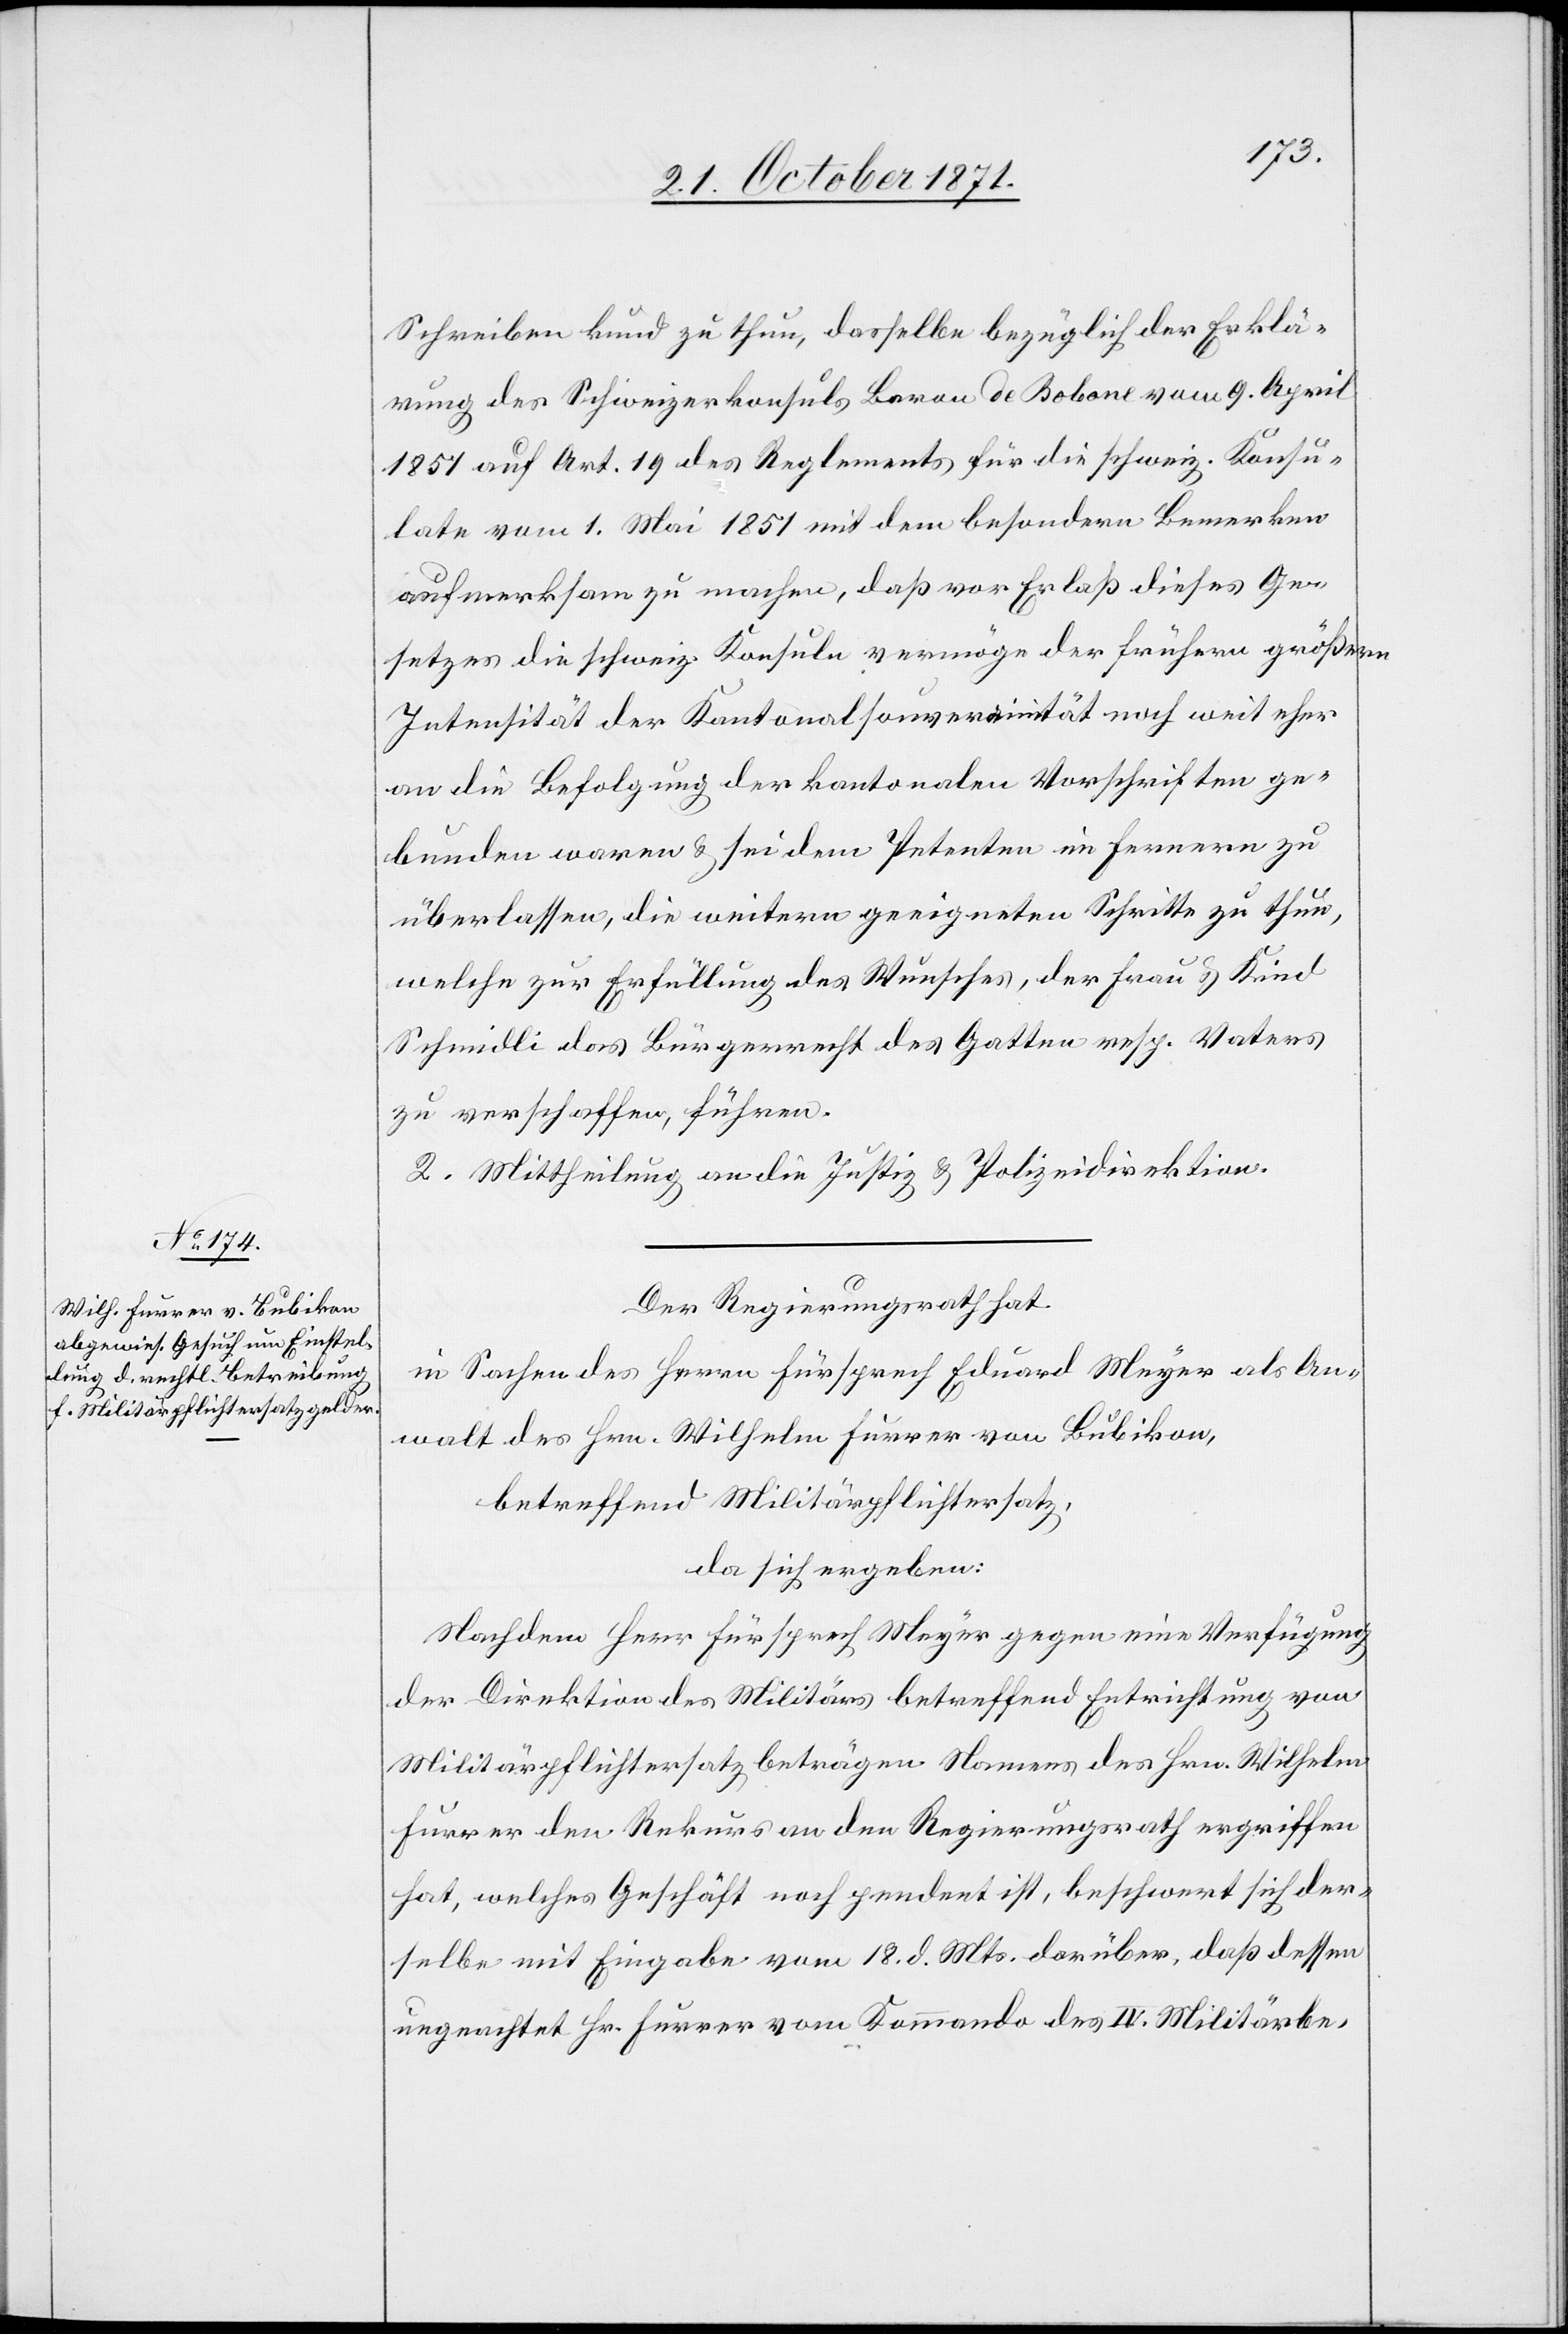
Schreiben kund zu thun, dasselbe bezüglich der Erklä¬
rung des Schweizerkonsuls Beran de Bobone vom 9. April
1851 auf Art. 19 des Reglements für die schweiz. Konsu¬
late vom 1. Mai 1851 mit dem besondern Bemerken
aufmerksam zu machen, daß vor Erlaß dieses Ge¬
setzes die schweiz. Konsule vermöge der frühern größern
Intensität der Kantonalsouverainität noch weit eher
an die Befolgung der kantonalen Vorschriften ge¬
bunden waren & sei dem Petenten im Fernern zu
überlassen, die weitern geeigneten Schritte zu thun,
welche zur Erfüllung des Wunsches, der Frau & Kind
Schmidli [sic!] das Bürgerrecht des Gatten resp. Vaters
zu verschaffen, führen.
2. Mittheilung an die Justiz- & Polizeidirektion.
Der Regierungsrath hat,
in Sachen des Herrn Fürsprech Eduard Meyer als An¬
walt des Hrn. Wilhelm Furrer von Bubikon,
betreffend Militärpflichtersatz,
da sich ergeben:
Nachdem Herr Fürsprech Meyer gegen eine Verfügung
der Direktion des Militärs betreffend Entrichtung von
Militärpflichtersatzbeträgen Namens des Hrn. Wilhelm
Furrer den Rekurs an den Regierungsrath ergriffen
hat, welches Geschäft noch pendent ist, beschwert sich der¬
selbe mit Eingabe vom 18. d. Mts. darüber, daß dessen
ungeachtet Hr. Furrer vom Kommando des IV. Militärbe-